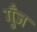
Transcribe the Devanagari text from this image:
गुँज